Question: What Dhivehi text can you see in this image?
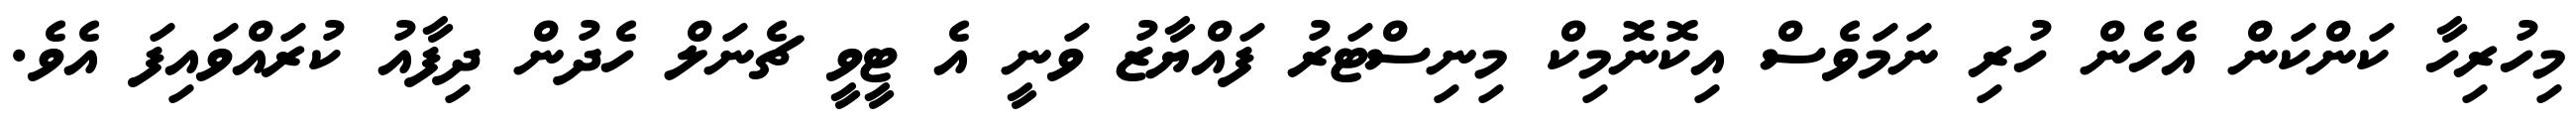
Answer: މިހުރިހާ ކަންކަން އެހެން ހުރި ނަމަވެސް އިކޮނޮމިކް މިނިސްޓަރު ފައްޔާޒު ވަނީ އެ ޓީވީ ޗެނަލް ހެދުން ދިފާއު ކުރައްވައިފަ އެވެ.